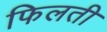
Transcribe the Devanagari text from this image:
फिलती